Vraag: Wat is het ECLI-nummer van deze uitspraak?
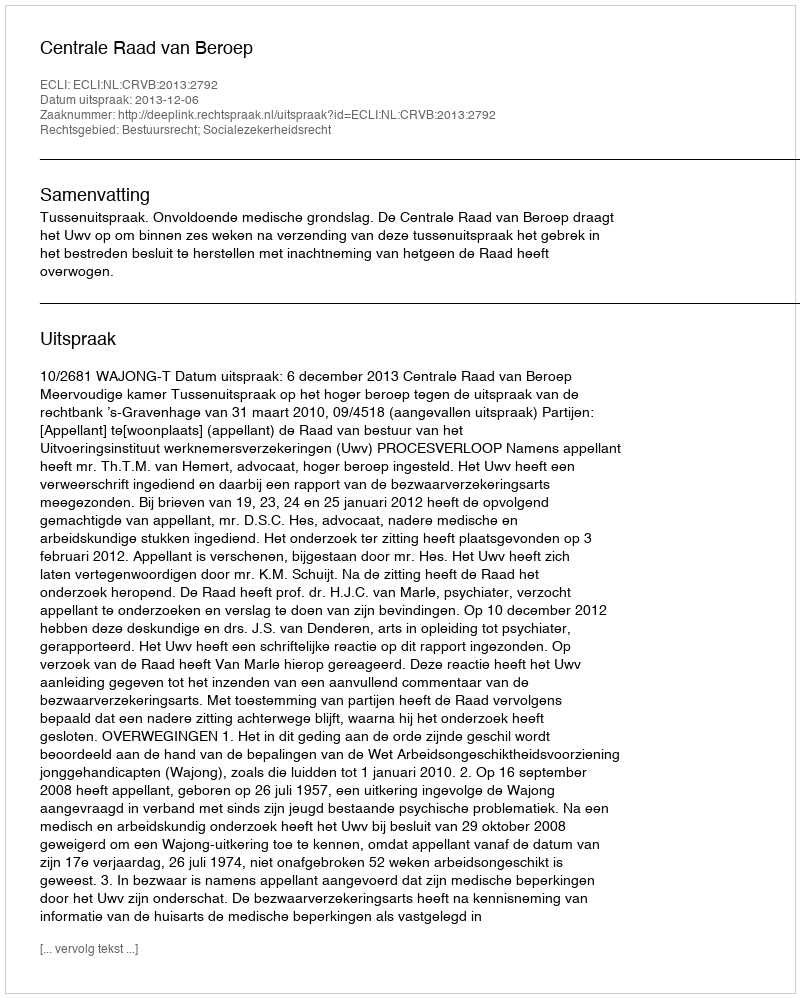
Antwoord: ECLI:NL:CRVB:2013:2792